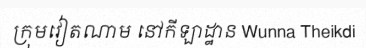
ក្រុមវៀតណាម នៅកីឡាដ្ឋាន Wunna Theikdi